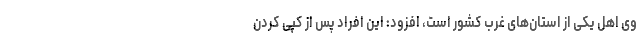
وی اهل یکی از استان‌های غرب کشور است، افزود: این افراد پس از کپی کردن